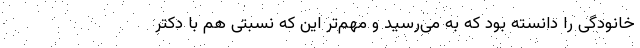
خانودگی را دانسته بود که به می‌رسید و مهم‌تر این که نسبتی هم با دکتر